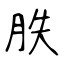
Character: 胅